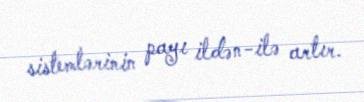
sistemlərinin payı ildən-ilə artır.